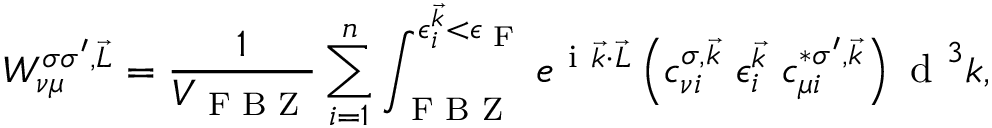
W _ { \nu \mu } ^ { \sigma \sigma ^ { \prime } , \vec { L } } = \frac { 1 } { V _ { \textrm { F B Z } } } \sum _ { i = 1 } ^ { n } \int _ { \textrm { F B Z } } ^ { \epsilon _ { i } ^ { \vec { k } } < \epsilon _ { \textrm { F } } } e ^ { \mathrm { ~ i ~ } \vec { k } \cdot \vec { L } } \left( c _ { \nu i } ^ { \sigma , \vec { k } } ~ \epsilon _ { i } ^ { \vec { k } } ~ c _ { \mu i } ^ { * \sigma ^ { \prime } , \vec { k } } \right) \textrm { d } ^ { 3 } k ,